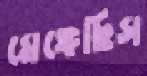
মেঙ্গেছিস